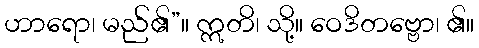
ဟာရော၊ မည်၏”။ ဣတိ၊ သို့။ ဝေဒိတဗ္ဗော၊ ၏။